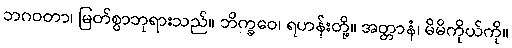
ဘဂဝတာ၊ မြတ်စွာဘုရားသည်။ ဘိက္ခဝေ၊ ရဟန်းတို့။ အတ္တာနံ၊ မိမိကိုယ်ကို။